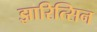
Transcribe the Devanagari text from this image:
झारित्सिन